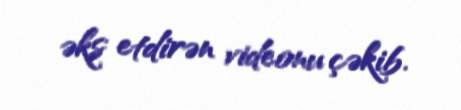
əks etdirən videonu çəkib.